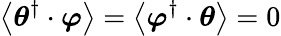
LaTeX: \left\langle\boldsymbol{\theta}^{\dagger}\cdot\boldsymbol{\varphi}\right\rangle=\left\langle\boldsymbol{\varphi}^{\dagger}\cdot\boldsymbol{\theta}\right\rangle=0